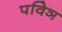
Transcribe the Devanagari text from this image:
पविञ